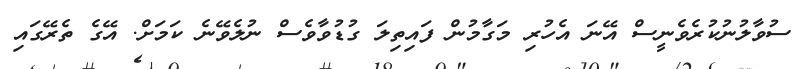
ސުވާލުނުކުރެވެނީސް އޭނަ އެހުރި މަގާމުން ފައިތިލަ ގުޑުވާވެސް ނުލެވޭނެ ކަމަށް. އޭގެ ތެރޭގައި